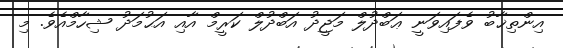
އިންތިޚާބު ވެފައިވަނީ ޢަބްދުލް މަޖީދު އަބްދުލް ކަރީމް އާއި އަޙުމަދު ޝިހާމްއެވެ. މި